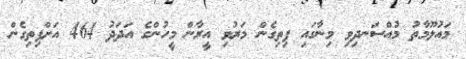
މައުލޫމާތު މުއްސަނދިވި މިނާގައި ފިތިގެން މަރުވި އީރާން މީހުންގެ އަދަދު 464 އަށްފިތިގެން